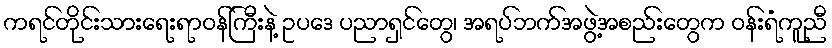
ကရင်တိုင်းသားရေးရာဝန်ကြီးနဲ့ ဥပဒေ ပညာရှင်တွေ၊ အရပ်ဘက်အဖွဲ့အစည်းတွေက ဝန်းရံကူညီ